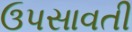
ઉપસાવતી